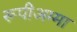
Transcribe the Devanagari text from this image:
रूपीअम्मा